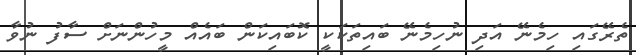
ތެރޭގައި ހިމެނޭ އަދި ނުހިމެނޭ ބައިތަކަކީ ކޮބައިކަން ބައެއް މީހުންނަށް ސާފު ނުވާ